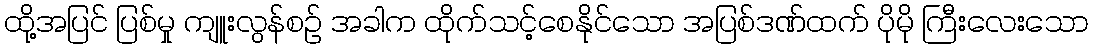
ထို့အပြင် ပြစ်မှု ကျူးလွန်စဉ် အခါက ထိုက်သင့်စေနိုင်သော အပြစ်ဒဏ်ထက် ပိုမို ကြီးလေးသော